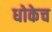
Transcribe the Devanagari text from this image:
धोकेच